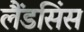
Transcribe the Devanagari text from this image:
लैंडसिंस